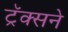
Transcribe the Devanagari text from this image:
ट्रॅक्सने